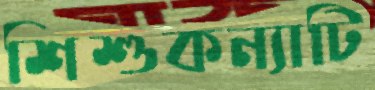
শিশুকন্যাটি